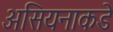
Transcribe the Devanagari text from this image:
असियनाकडे